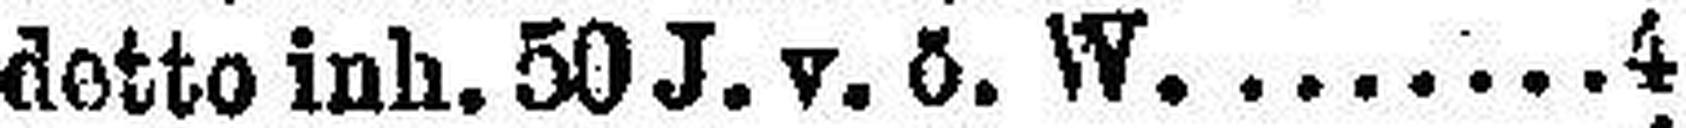
detto inh. 50 J. v. ö. W 4